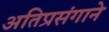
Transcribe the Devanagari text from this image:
अतिप्रसंगाने